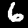
Label: 6